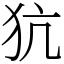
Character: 犺